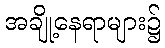
အချို့နေရာများ၌